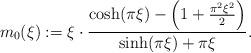
LaTeX: \begin{align*}m_0 (\xi) := \xi \cdot \frac{\cosh (\pi \xi) - \left( 1 + \frac{\pi^2 \xi^2}{2}\right) }{ \sinh(\pi \xi) + \pi \xi } . \end{align*}